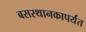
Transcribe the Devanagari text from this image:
बसस्थानकापर्यंत